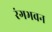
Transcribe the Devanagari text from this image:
रंगभवन